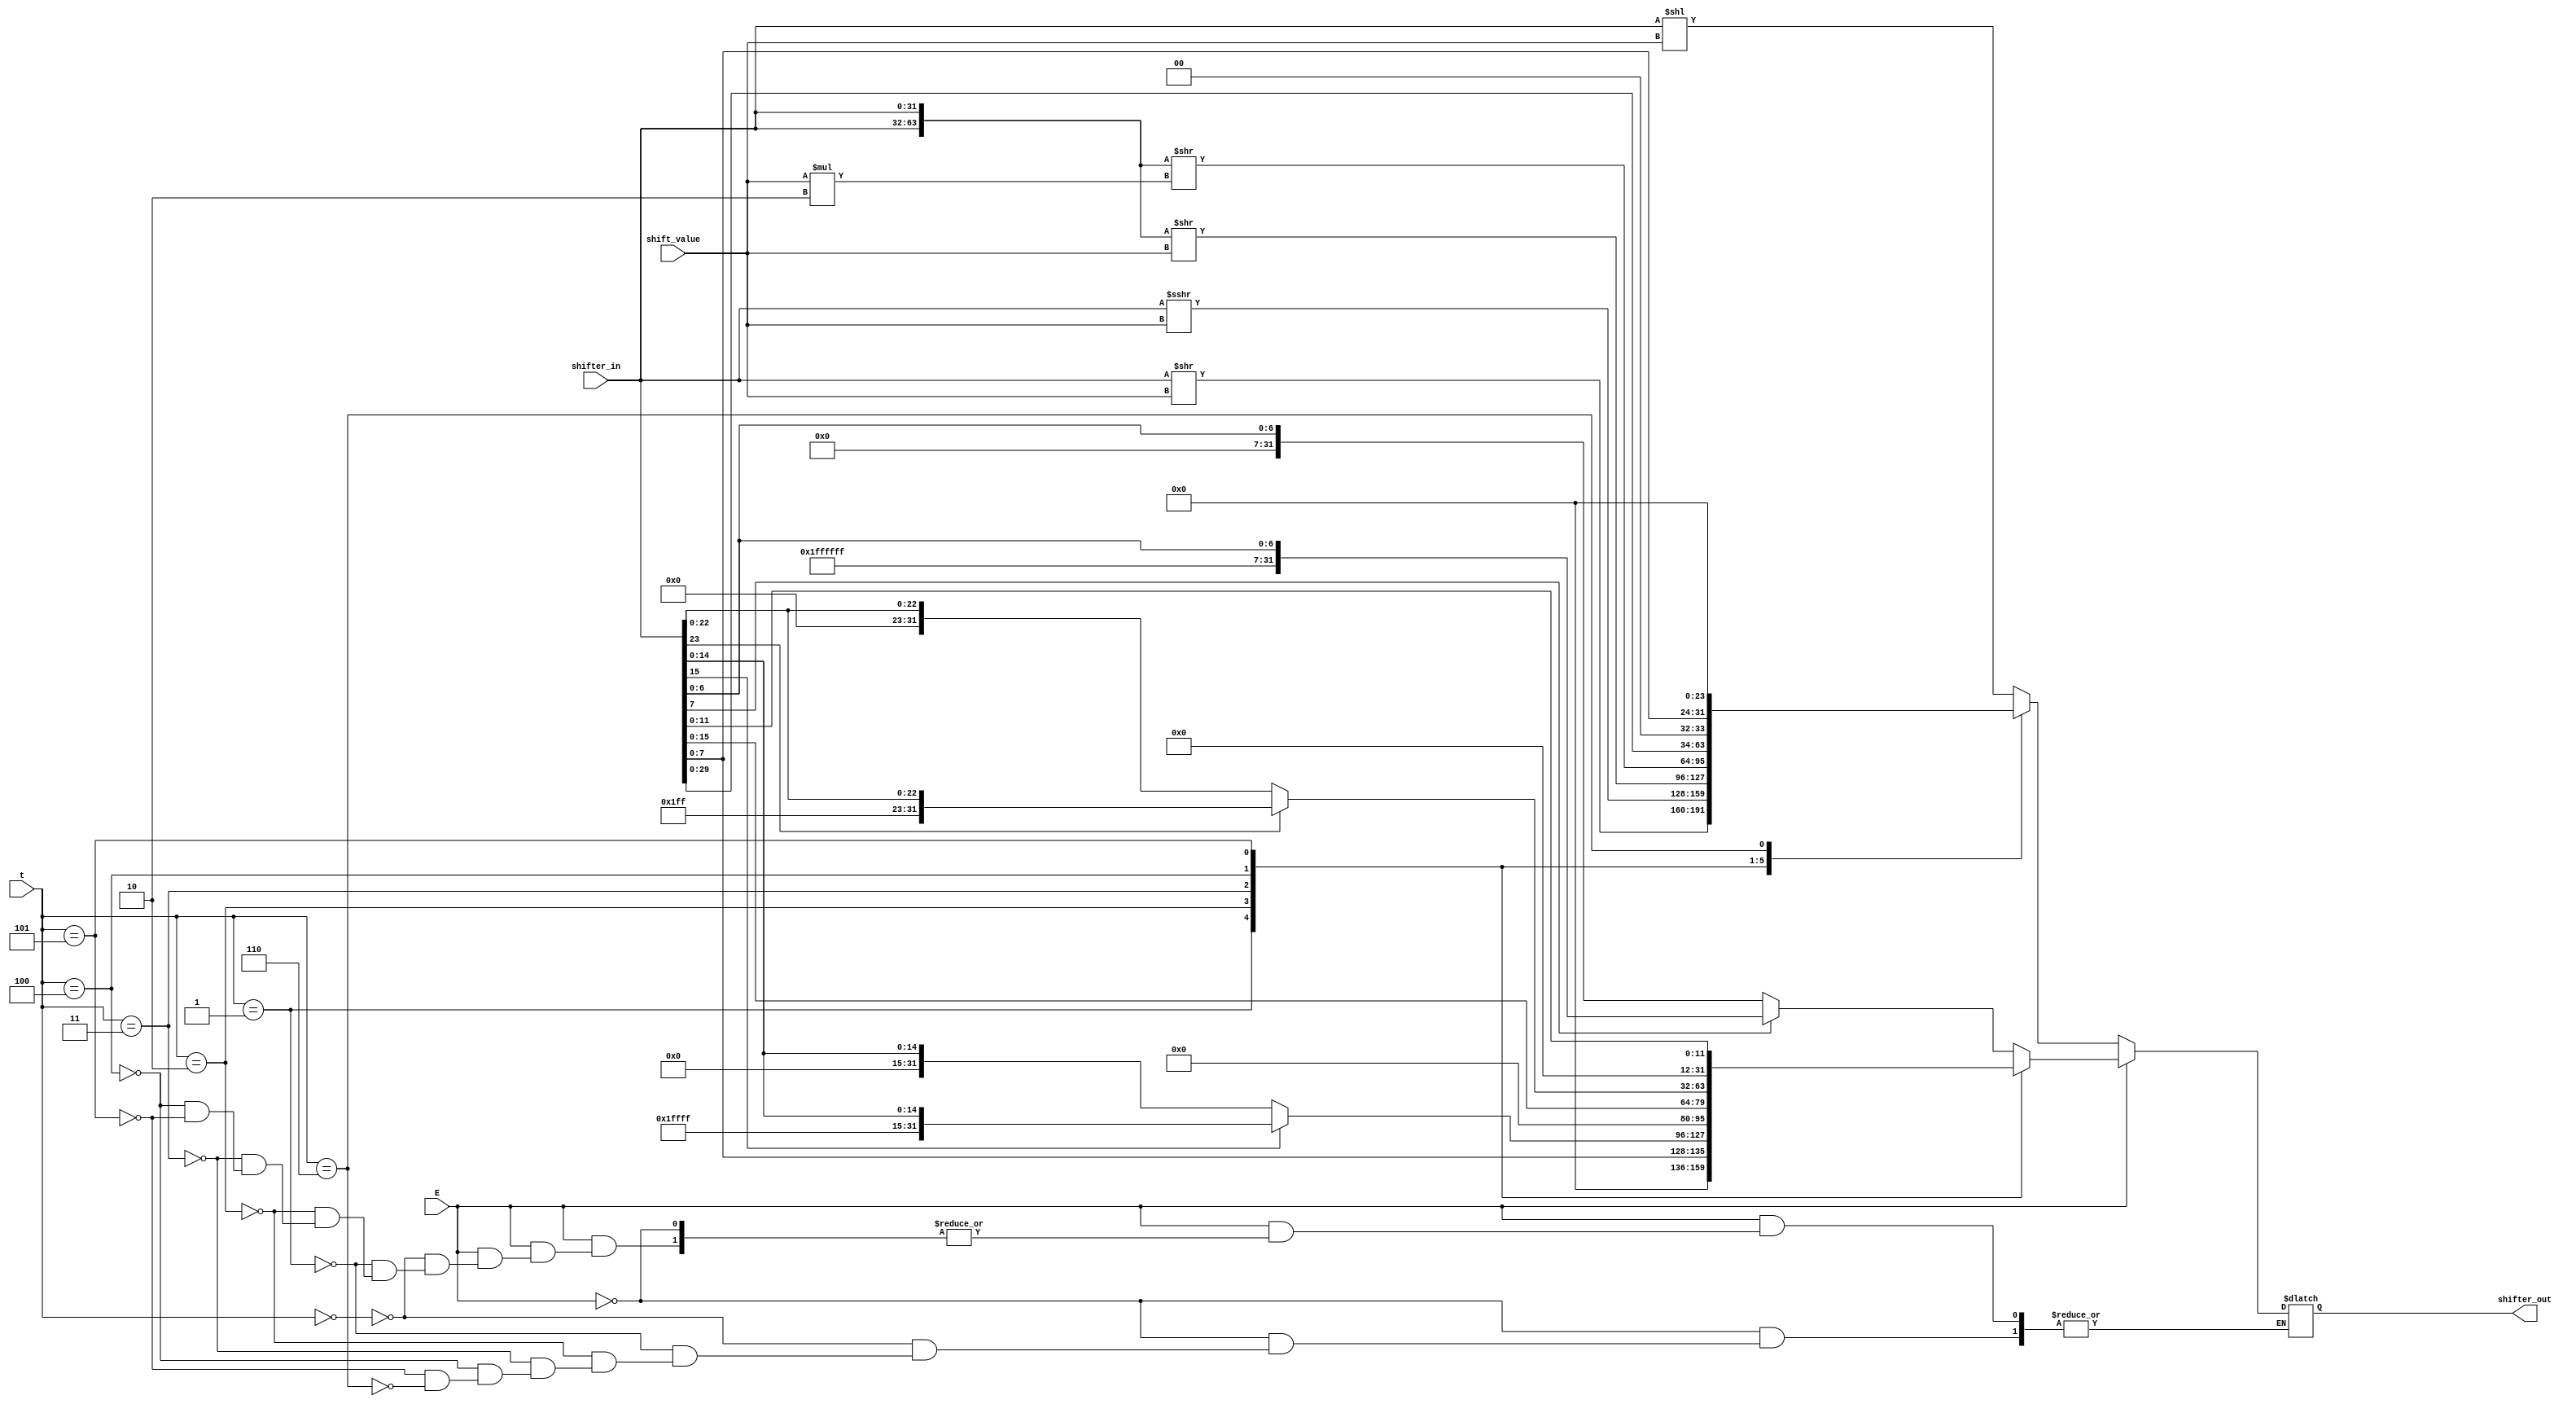
// output reg [31:0] shifter_out, output reg cout, input [31:0] shifter_in, input [5:0] shift_value, input [2:0] type, input cin, input E
module shifter_extender(output reg [31:0] shifter_out, input [31:0] shifter_in, input [5:0] shift_value, input [2:0] t, input E);
	reg [63:0] tmp;
	reg newShiftValue;
	always @(shifter_in, shift_value)
	begin
		if (E == 0) begin
		// If E == 0, shift shifter_in.
			case(t)
				0: shifter_out = shifter_in << shift_value;
				1: shifter_out = shifter_in >> shift_value;
				2: shifter_out = $signed(shifter_in) >>> shift_value;
				3: begin
					tmp = {shifter_in, shifter_in} >> shift_value;
					shifter_out = tmp[31:0];
 				end
				4: begin
					newShiftValue = shift_value * 2 ;
					tmp = {shifter_in, shifter_in} >> newShiftValue;
					shifter_out = tmp[31:0];
					//$display("Entered 2 time rotate right");
				end
				5: shifter_out = shifter_in << 2;
				6: shifter_out = shifter_in << 24;
			endcase
		end
		else if (E == 1) begin
			//$display("T value = %h", t);
			case(t)
				0: begin
					if (shifter_in[7] == 1) begin
						shifter_out = {24'b111111111111111111111111, shifter_in[7:0]};
					end
					else begin
						shifter_out = {24'b000000000000000000000000, shifter_in[7:0]};
					end
				end
				1: shifter_out = {24'b000000000000000000000000, shifter_in[7:0]};
				2: begin
					if (shifter_in[15] == 1) begin
						shifter_out = {16'b1111111111111111, shifter_in[15:0]};
					end
					else begin
						shifter_out = {16'b0000000000000000, shifter_in[15:0]};
					end
				end
				3: shifter_out = {16'b0000000000000000, shifter_in[15:0]}; 
				4: begin
					if (shifter_in[23] == 1) begin
						shifter_out = {8'b11111111, shifter_in[23:0]}; // For B&L
					end
					else begin
						shifter_out = {8'b00000000, shifter_in[23:0]}; // For B&L
					end					
				end
				5: shifter_out = {20'b00000000000000000000, shifter_in[11:0]};
			endcase
		end
	end
endmodule